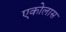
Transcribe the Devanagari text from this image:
एकोलास